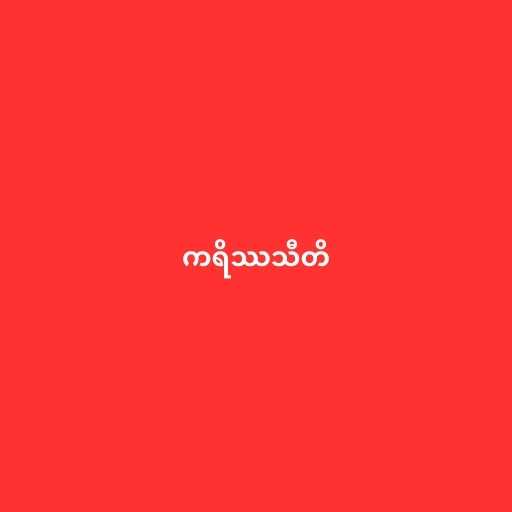
ကရိဿသီတိ